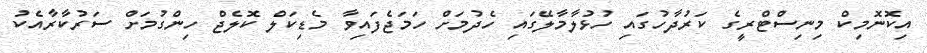
އިކޮނޮމިކް މިނިސްޓްރީގެ ކަރުދާހުގައި ހުޅުލާމާލޭގައި ހެދުމަށް ހަމަޖެފައިވާ މެޑިކަލް ކޮލެޖް ހިންގުމަށް ސަރުކާރާއެކު